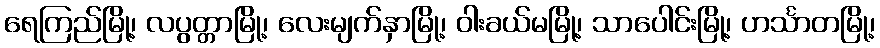
ရေကြည်မြို့၊ လပွတ္တာမြို့၊ လေးမျက်နှာမြို့၊ ဝါးခယ်မမြို့၊ သာပေါင်းမြို့၊ ဟင်္သာတမြို့၊